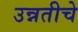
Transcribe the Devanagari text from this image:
उन्नतीचे